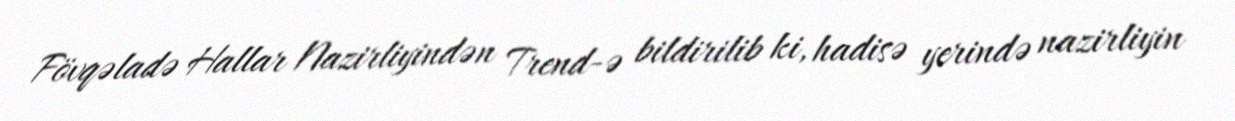
Fövqəladə Hallar Nazirliyindən Trend-ə bildirilib ki, hadisə yerində nazirliyin